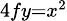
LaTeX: \scriptstyle 4fy=x^{2}